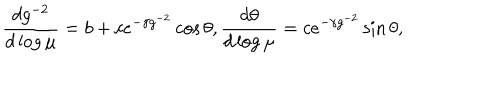
LaTeX: \frac { d g ^ { - 2 } } { d \log \mu } = b + c e ^ { - \gamma g ^ { - 2 } } \cos \theta , \frac { d \theta } { d \log \mu } = c e ^ { - \gamma g ^ { - 2 } } \sin \theta ,